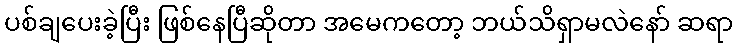
ပစ်ချပေးခဲ့ပြီး ဖြစ်နေပြီဆိုတာ အမေကတော့ ဘယ်သိရှာမလဲနော် ဆရာ